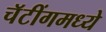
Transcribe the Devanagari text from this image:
चॅटींगमध्ये